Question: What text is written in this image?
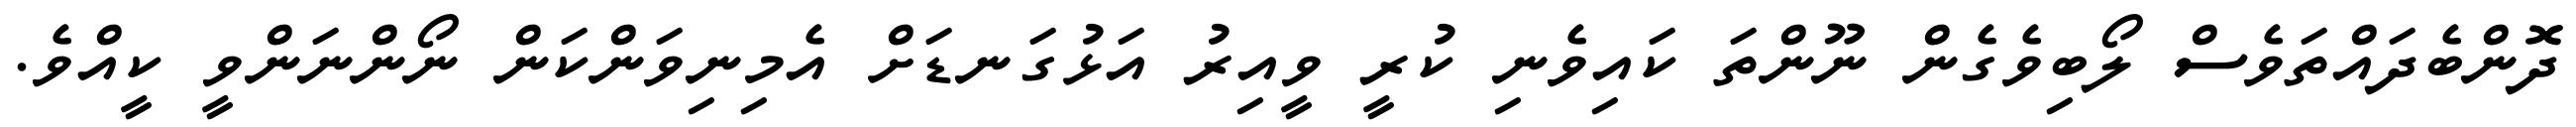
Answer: ދޮންބެދައްތަވެސް ލޯބިވެގެން ނޫންތަ ކައިވެނި ކުރީ ވީއިރު އަޅުގަނޑަށް އެމިނިވަންކަން ނޯންނަންވީ ކީއްވެ.